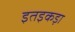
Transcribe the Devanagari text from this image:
इतइकड़ा